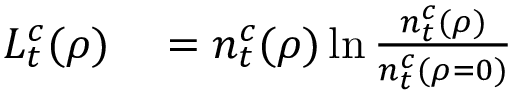
\begin{array} { r l } { L _ { t } ^ { c } ( \rho ) } & { { } = n _ { t } ^ { c } ( \rho ) \ln \frac { n _ { t } ^ { c } ( \rho ) } { n _ { t } ^ { c } ( \rho = 0 ) } } \end{array}